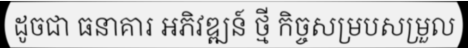
ដូចជា ធនាគារ អភិវឌ្ឍន៍ ថ្មី កិច្ចសម្របសម្រួល